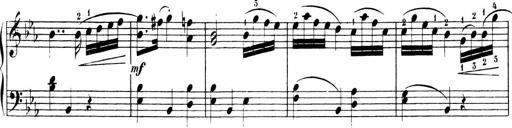
Title: 6 Sonatinas
Composer: Carl Reinecke